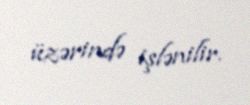
üzərində işlənilir.